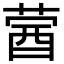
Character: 蒏